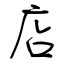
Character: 店